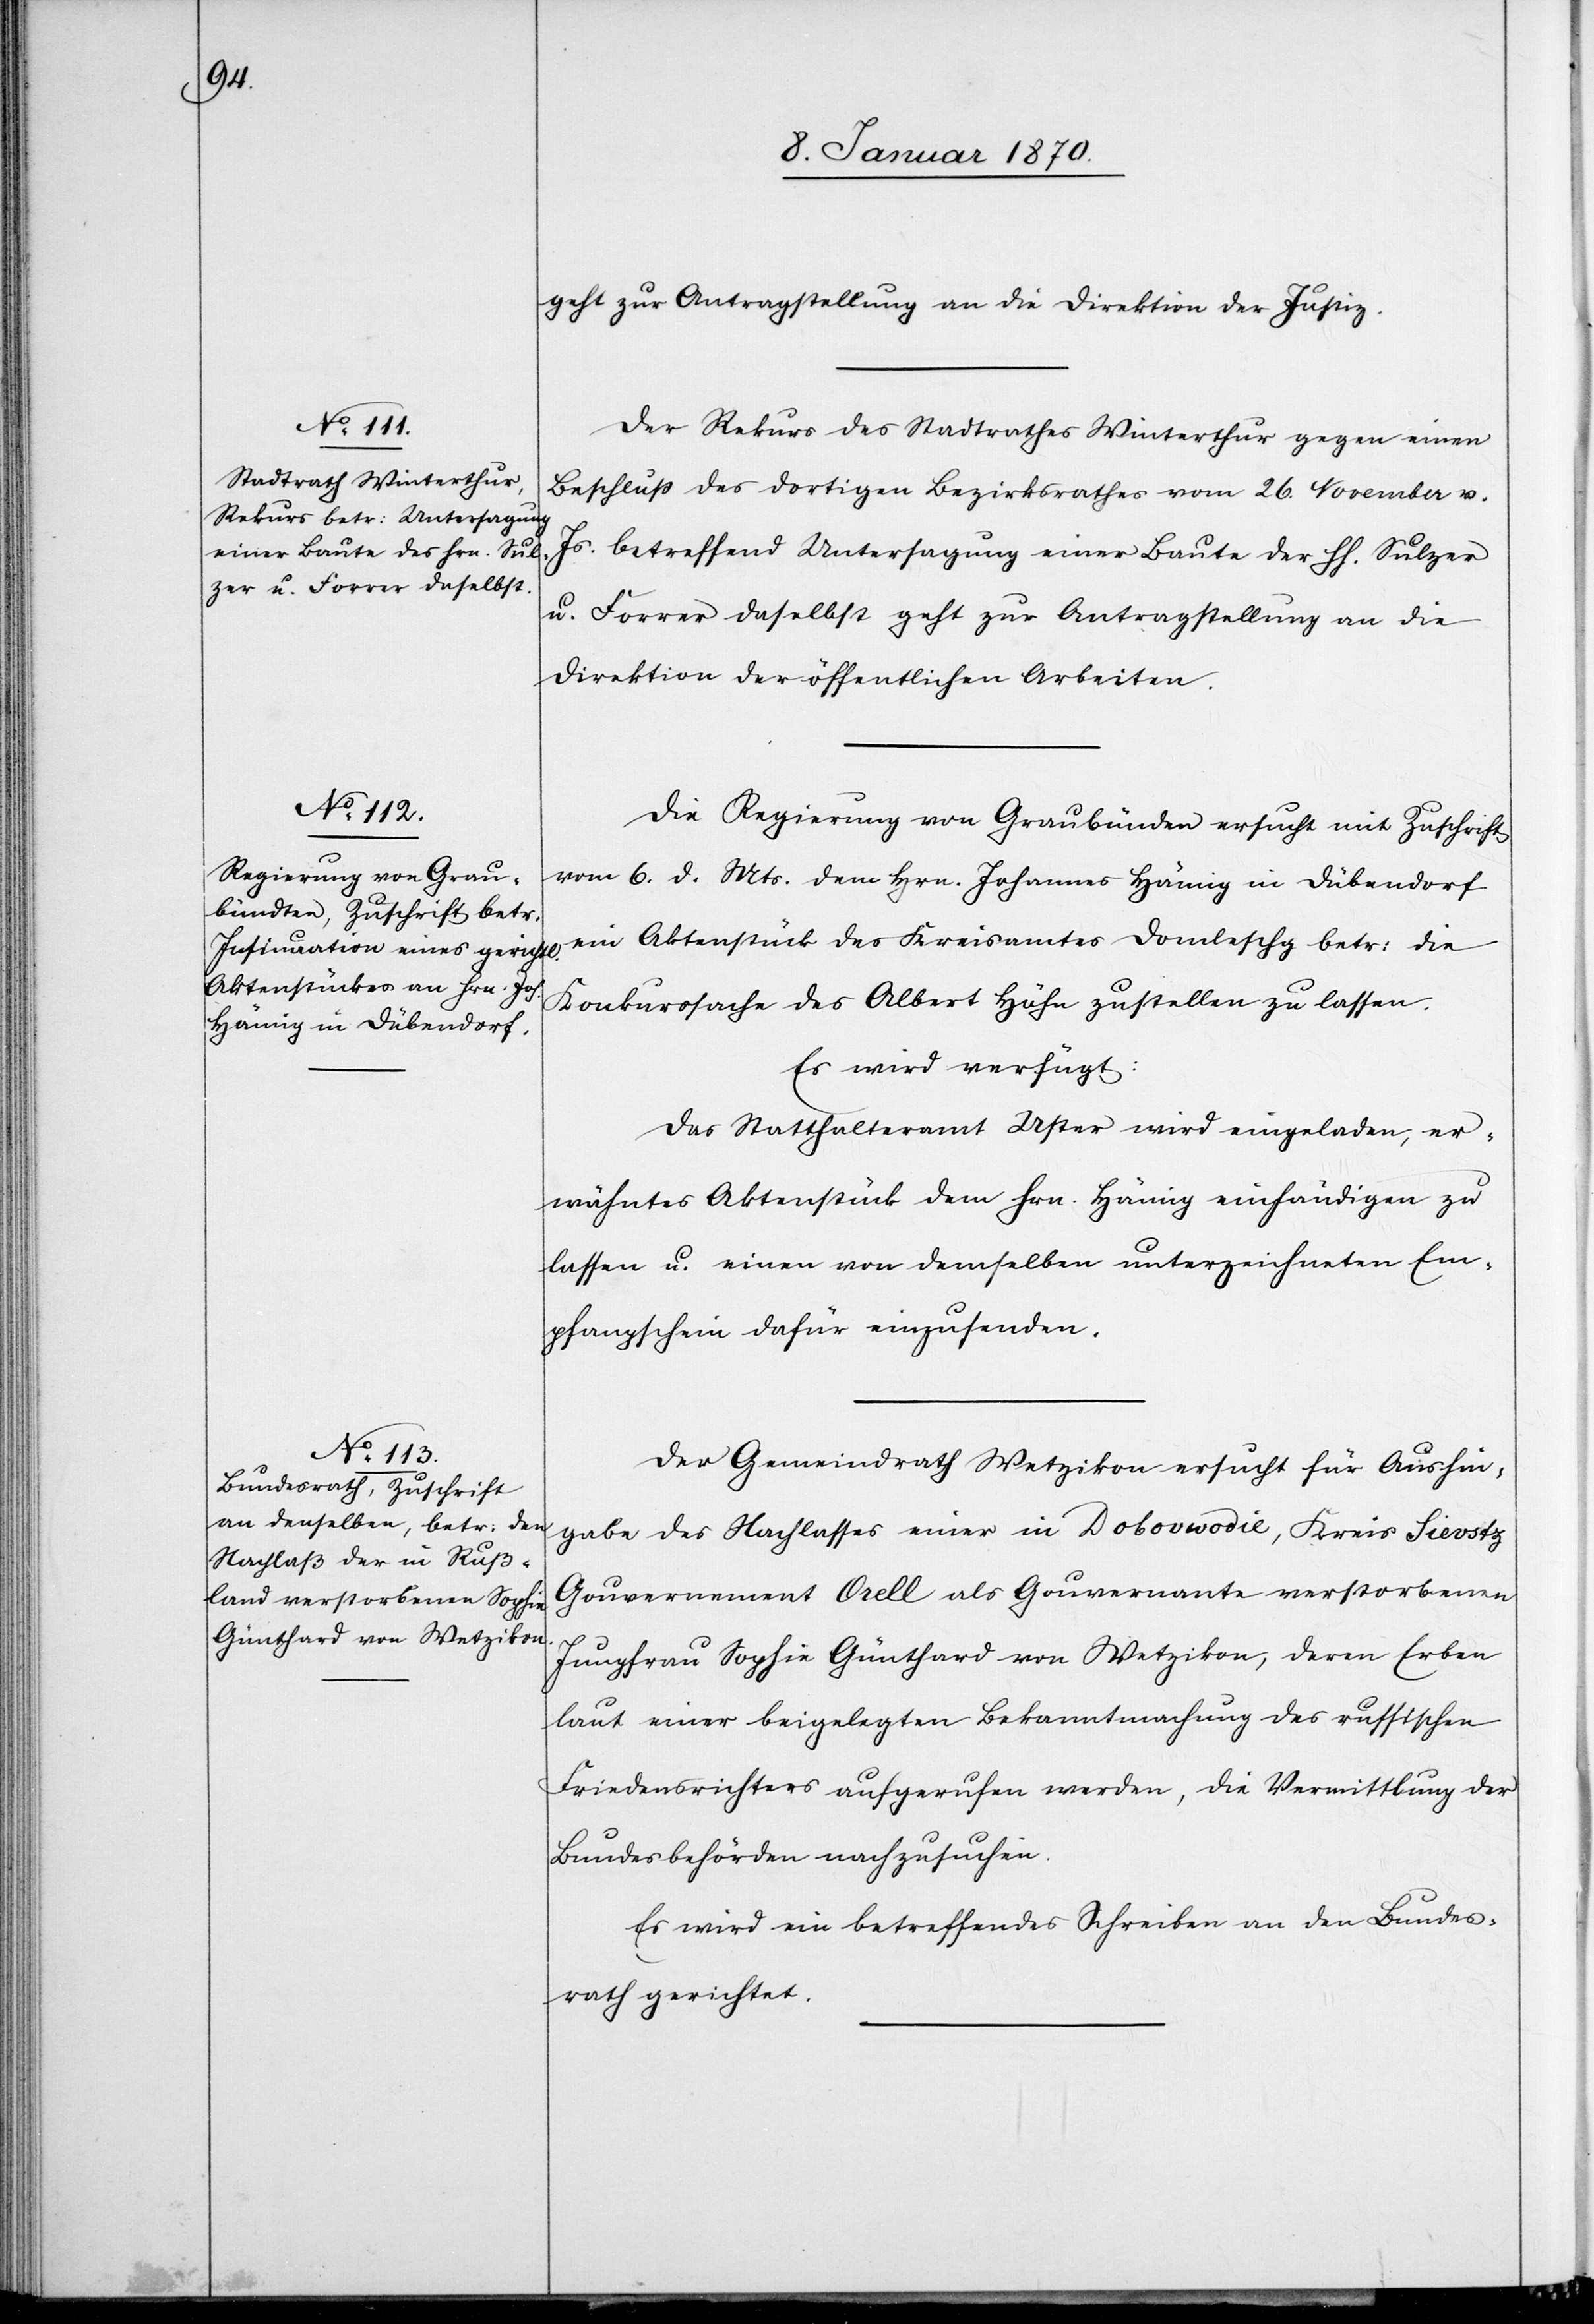
11. Januar 1870.]
geht zur Antragstellung an die Direktion der Justiz.
Der Rekurs des Stadtrathes Winterthur gegen einen
Beschluß des dortigen Bezirksrathes vom 26. November v.
Js. betreffend Untersagung einer Baute der HH. Sulzer
u. Forrer daselbst geht zur Antragstellung an die
Direktion der öffentlichen Arbeiten.
Die Regierung von Graubünden ersucht mit Zuschrift
vom 6. d. Mts. dem Hrn. Johannes Hämig in Dübendorf
ein Aktenstück des Kreisamtes Domleschg betr: die
Konkurssache des Albert Hähn zustellen zu lassen.
Es wird verfügt:
Das Statthalteramt Uster wird eingeladen, er¬
wähntes Aktenstück dem Hrn. Hämig einhändigen zu
lassen u. einen von demselben unterzeichneten Em¬
pfangschein dafür einzusenden.
Der Gemeindrath Wetzikon ersucht für Aushin¬
gabe des Nachlasses einer in Dobovwodie, Kreis Sievstz
Gouvernement Orell als Gouvernante verstorbenen
Jungfrau Sophie Günthard von Wetzikon, deren Erben
laut einer beigelegten Bekanntmachung des russischen
Friedensrichters aufgerufen werden, die Vermittlung der
Bundesbehörden nachzusuchen.
Es wird ein betreffendes Schreiben an den Bundes¬
rath gerichtet.